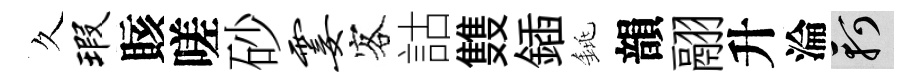
久瑕賅嗟砂霎客詁䨇鍤銚韻翮升淪軻